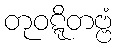
တုဝဋ္ဋိတဗ္ဗံ